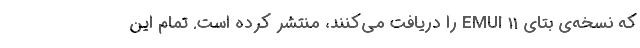
که نسخه‌ی بتای EMUI 11 را دریافت می‌کنند، منتشر کرده است. تمام این